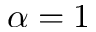
\alpha = 1